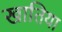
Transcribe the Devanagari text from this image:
खातिया